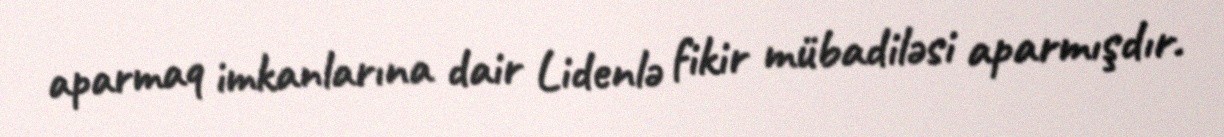
aparmaq imkanlarına dair Lidenlə fikir mübadiləsi aparmışdır.